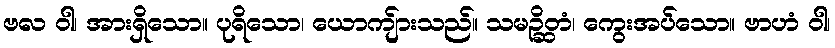
ဗလ ဝါ၊ အားရှိသော။ ပုရိသော၊ ယောကျ်ားသည်။ သမဉ္ဆိတံ၊ ကွေးအပ်သော။ ဗာဟံ ဝါ၊